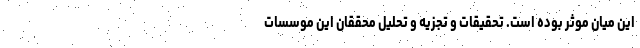
این میان موثر بوده است. تحقیقات و تجزیه و تحلیل محققان این موسسات